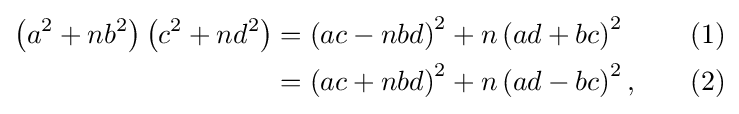
{\begin{aligned}\left(a^{2}+nb^{2}\right)\left(c^{2}+nd^{2}\right)&{}=\left(ac-nbd\right)^{2}+n\left(ad+bc\right)^{2}&&&(1)\\&{}=\left(ac+nbd\right)^{2}+n\left(ad-bc\right)^{2},&&&(2)\end{aligned}}